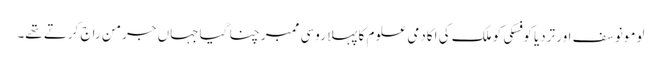
لومونوسف اور تردیا کوفسکی کو ملک کی اکادمی علوم کا پہلا روسی ممبر چنا گیا جہاں جرمن راج کرتے تھے۔